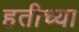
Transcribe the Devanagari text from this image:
हतीच्या